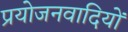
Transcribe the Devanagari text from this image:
प्रयोजनवादियों